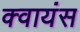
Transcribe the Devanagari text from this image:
क्वायंस